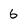
Character: 6